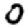
Digit: 0